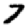
Digit: 7